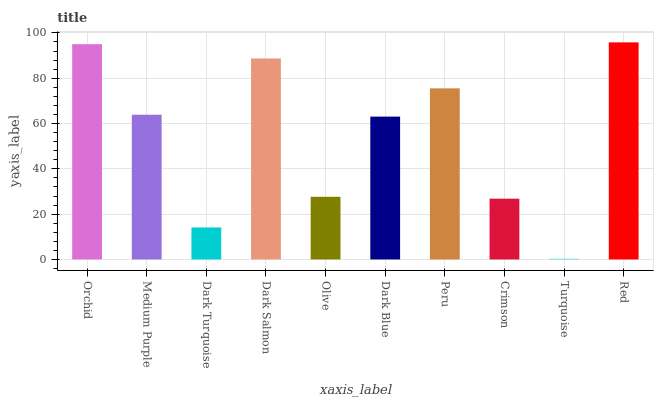
| xaxis_label | bars |
 | --- | --- |
 | Orchid | 95 |
 | Medium Purple | 63.9 |
 | Dark Turquoise | 14.1 |
 | Dark Salmon | 88.7 |
 | Olive | 27.7 |
 | Dark Blue | 63 |
 | Peru | 75.5 |
 | Crimson | 26.8 |
 | Turquoise | 0.304 |
 | Red | 95.8 |